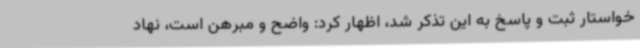
خواستار ثبت و پاسخ به این تذکر شد، اظهار کرد: واضح و مبرهن است، نهاد